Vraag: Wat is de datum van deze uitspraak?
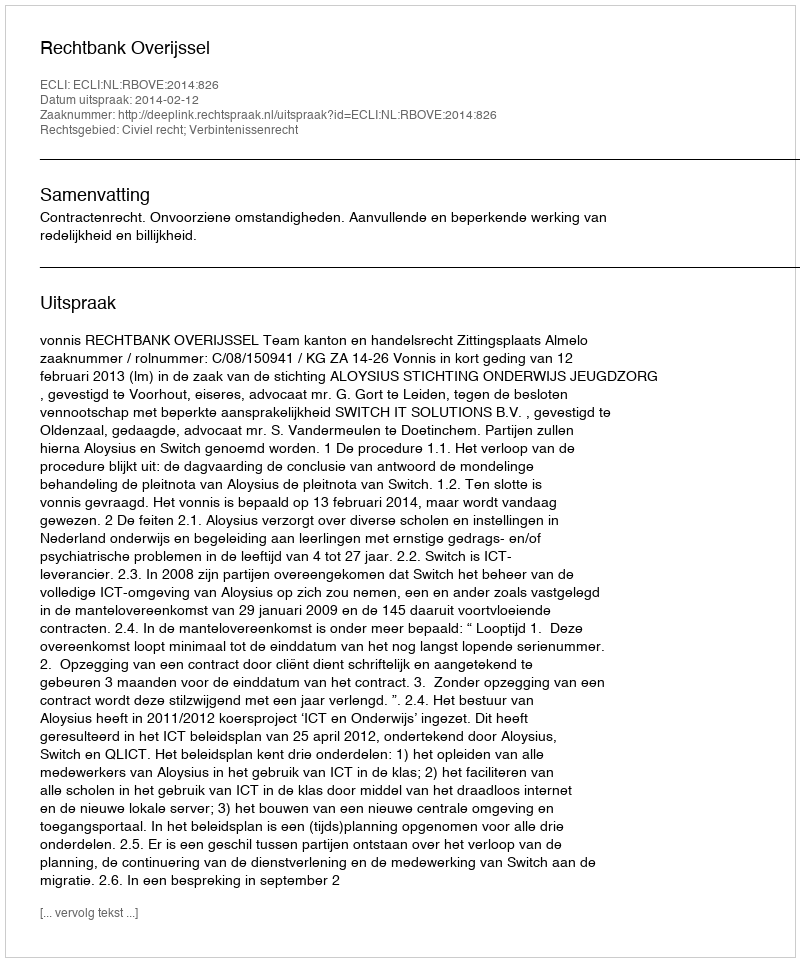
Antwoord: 2014-02-12